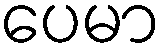
ပေမာ